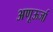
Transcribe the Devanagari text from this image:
अणूऊर्जा